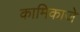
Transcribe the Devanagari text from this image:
कामिकाजे